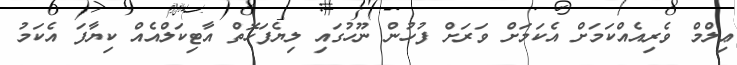
ޢިލްމް ވެރިއެއްކަމަށް އެކަމަށް ވަރަށް ފުހުން ނޫހުގައި ލިޔެފަހޮތް އާޓިކަލްއެއް ކިޔާފަ އެކަމު